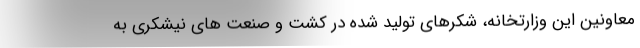
معاونین این وزارتخانه، شکرهای تولید شده در کشت و صنعت های نیشکری به